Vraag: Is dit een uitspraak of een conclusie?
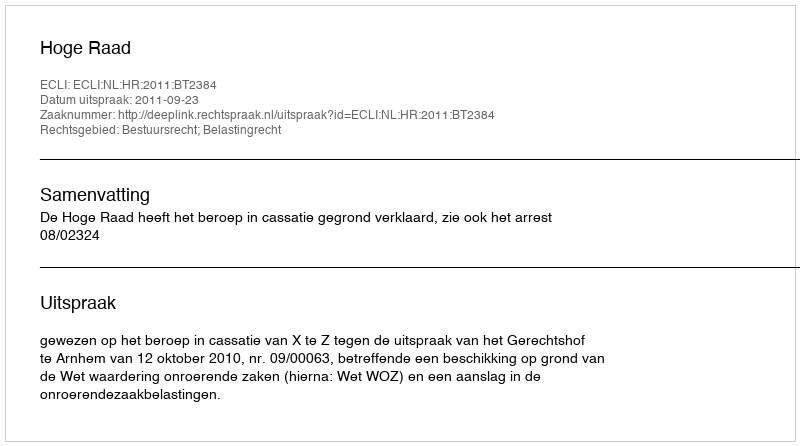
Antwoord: Uitspraak